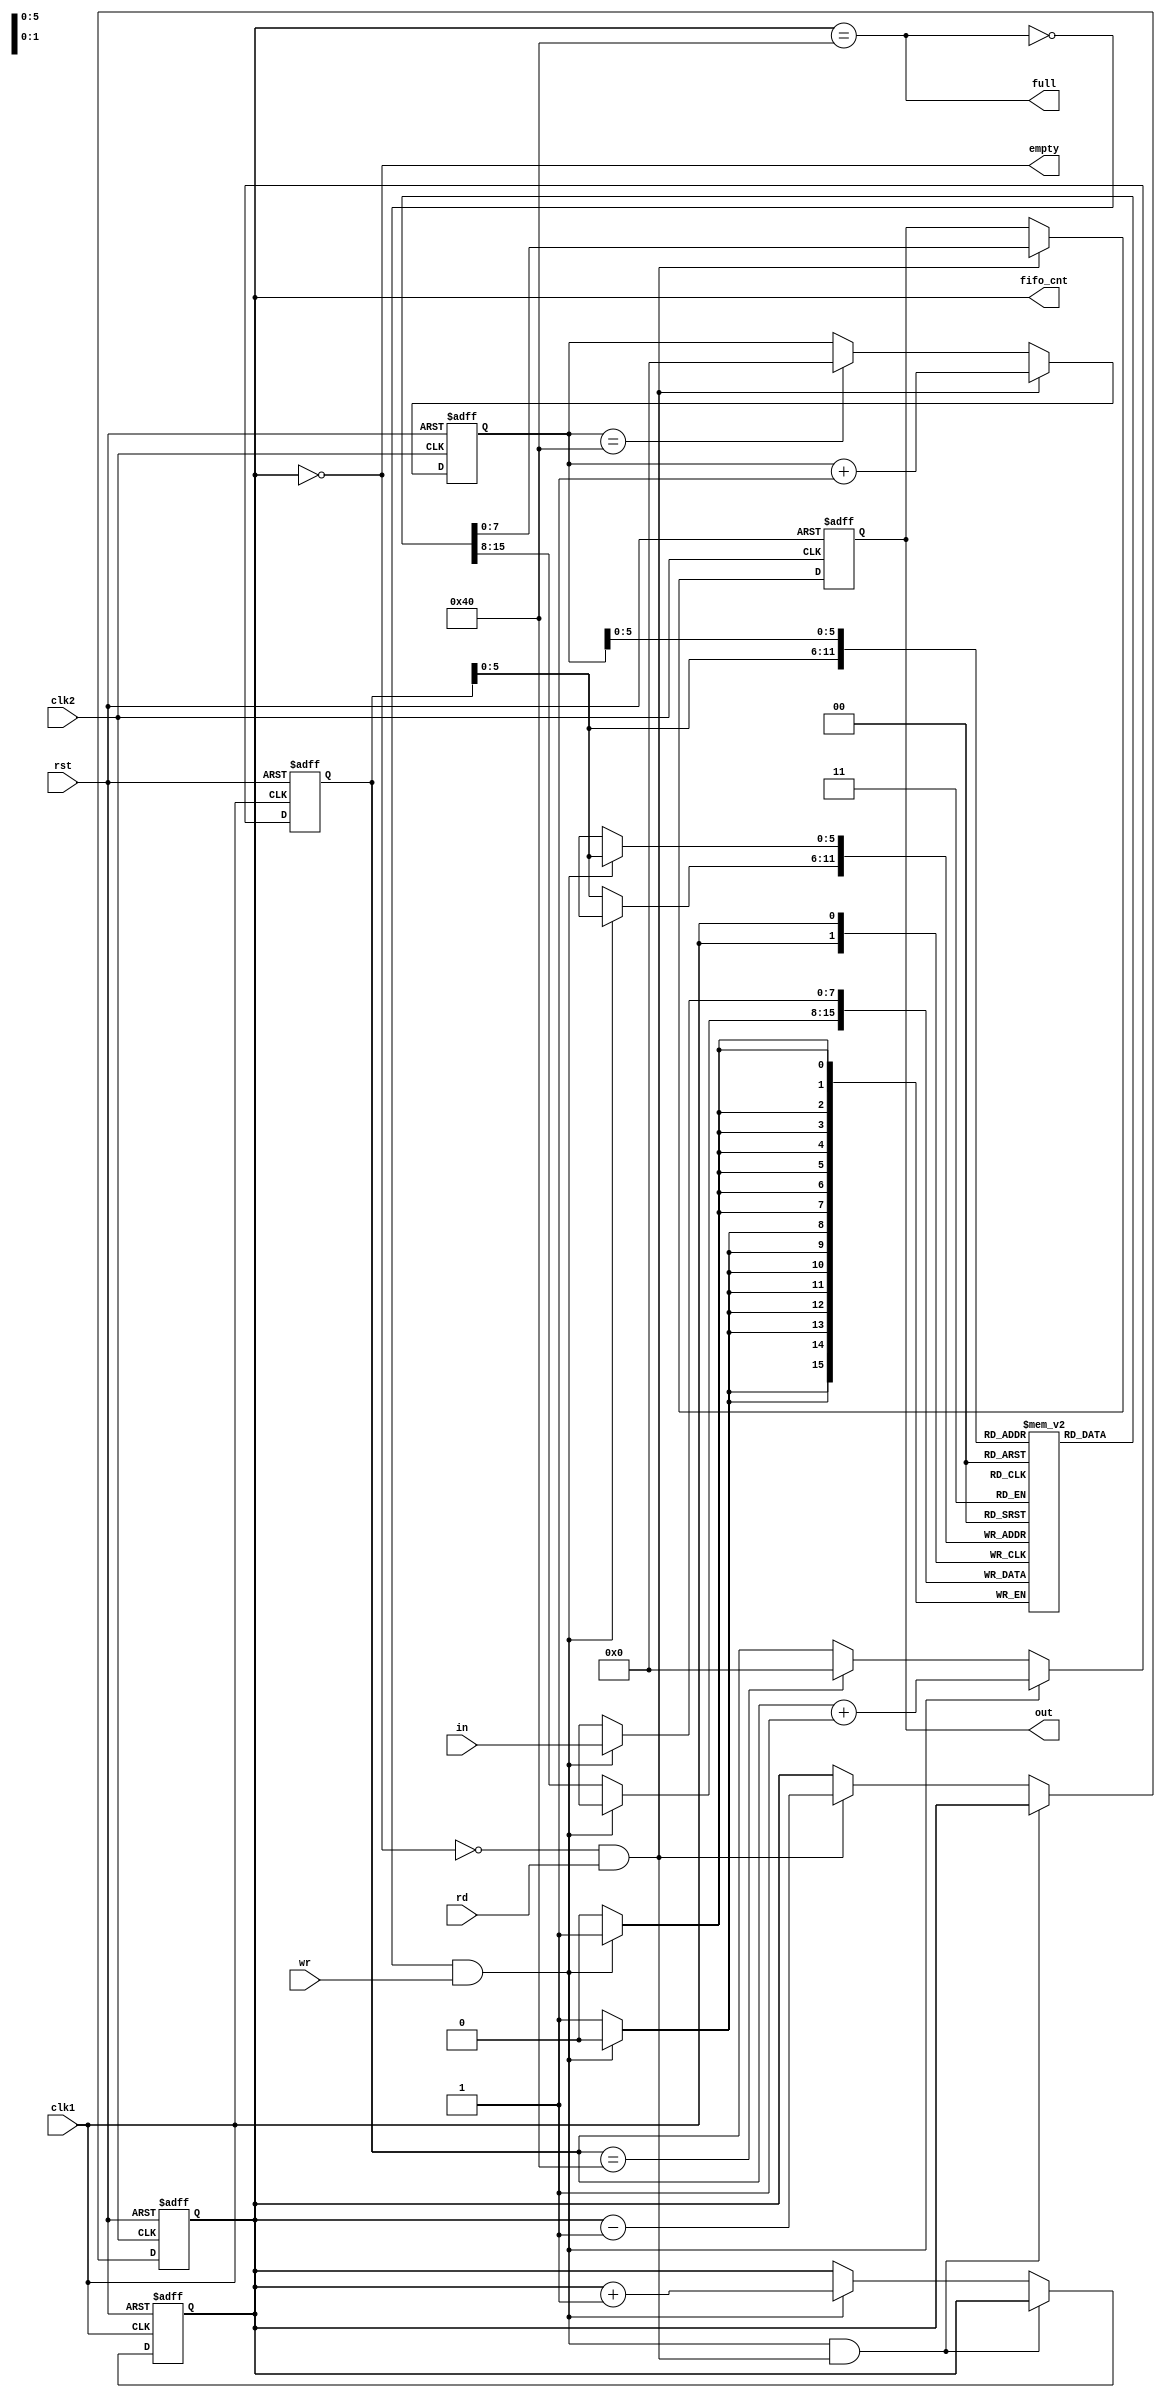
`timescale 1ns / 1ps
//////////////////////////////////////////////////////////////////////////////////
// Company: 
// Engineer: 
// 
// Design Name: 
// Module Name: Async_fifo
// Project Name: 
// Target Devices: 
// Tool Versions: 
// Description: 
// 
// Dependencies: 
// 
// Revision:
// Revision 0.01 - File Created
// Additional Comments:
// 
//////////////////////////////////////////////////////////////////////////////////


module Async_fifo(in,wr,rd,clk1,clk2,rst,out,fifo_cnt,empty,full);
  input [7:0] in; //8 bits input of FIFO
  input clk1,clk2,rst; //clk1 is for write part and clk2 is for read part
  input wr,rd; //wr is write enable and rd is read enable
  output reg [7:0] out; //8 bits output of FIFO
  output reg [6:0] fifo_cnt;
  output reg empty,full; 
  
  reg [7:0] ram [63:0];
  reg [6:0] wt_ptr, rd_ptr;
  
  //to identify pointer to write on memory using clk1
  
  always@(posedge clk1 or posedge rst)
    begin
      
      if(rst)
        begin
          wt_ptr <= 0;
        end
      else
        begin
          if(!full & wr) //Head Section 
            wt_ptr <= wt_ptr+1;
          else if(wt_ptr==64)
            wt_ptr <= 0;
          else
            wt_ptr <= wt_ptr;
          
        end
    end
  
  //to identify pointer to read from memory using clk2
  
  always@(posedge clk2 or posedge rst)
    begin
      
      if(rst)
        begin
          rd_ptr <= 0;
        end
      else
        begin
          if(!empty & rd) //Tail Section
            rd_ptr <= rd_ptr+1;
          else if(rd_ptr==64)
            rd_ptr <= 0;
          else
            rd_ptr <= rd_ptr;
        end
    end  
  
  //Write section
  
  always@(posedge clk1)
    begin
      if(!full & wr)
        ram[wt_ptr] <= in;
      else
        ram[wt_ptr] <= ram[wt_ptr];
    end
  
  //Read section
  
  always@(posedge clk2 or posedge rst)
  begin
    if(rst)
      out <= 0;
    else
      begin
        if(!empty & rd)
          out <= ram[rd_ptr];
        else 
          out <= out;
      end
  end
  
  //fifo_cnt section of clk1
  
  always@(posedge clk1 or posedge rst)
    begin
      if(rst)
        fifo_cnt <= 0;
      else if((!full & wr) && (!empty & rd))
        fifo_cnt <= fifo_cnt;
      else if(!full & wr)
        fifo_cnt <= fifo_cnt + 1;
      else
        fifo_cnt <= fifo_cnt;
    end
  
  //fifo_cnt section of clk2
  
  always@(posedge clk2 or posedge rst)
    begin
      if(rst)
        fifo_cnt <= 0;
      else if((!full & wr) && (!empty & rd))
        fifo_cnt <= fifo_cnt;
      else if(!empty & rd)
        fifo_cnt <= fifo_cnt - 1;
      else
        fifo_cnt <= fifo_cnt;
    end
  

  
  always@(fifo_cnt)
    begin
      empty <= fifo_cnt==0;// empty flag
      full <= fifo_cnt ==64; // full flag 
    end

endmodule